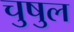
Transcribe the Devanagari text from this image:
चुषुल